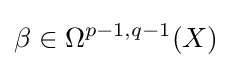
\beta \in \Omega ^{p-1,q-1}(X)